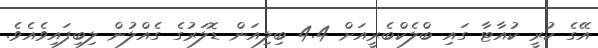
އޭގެ ކުރީ ކުއާޓާ ގައި ބްލެކްބެރީއަށް 4.4 ބިލިއަން ޑޮލަރުގެ ގެއްލުން ލިބިފައިވެއެވެ.